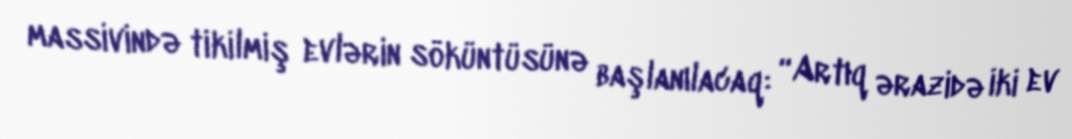
massivində tikilmiş evlərin söküntüsünə başlanılacaq: “Artıq ərazidə iki ev